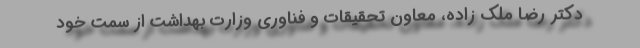
دکتر رضا ملک زاده، معاون تحقیقات و فناوری وزارت بهداشت از سمت خود